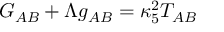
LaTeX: G _ { A B } + \Lambda g _ { A B } = \kappa _ { 5 } ^ { 2 } T _ { A B }